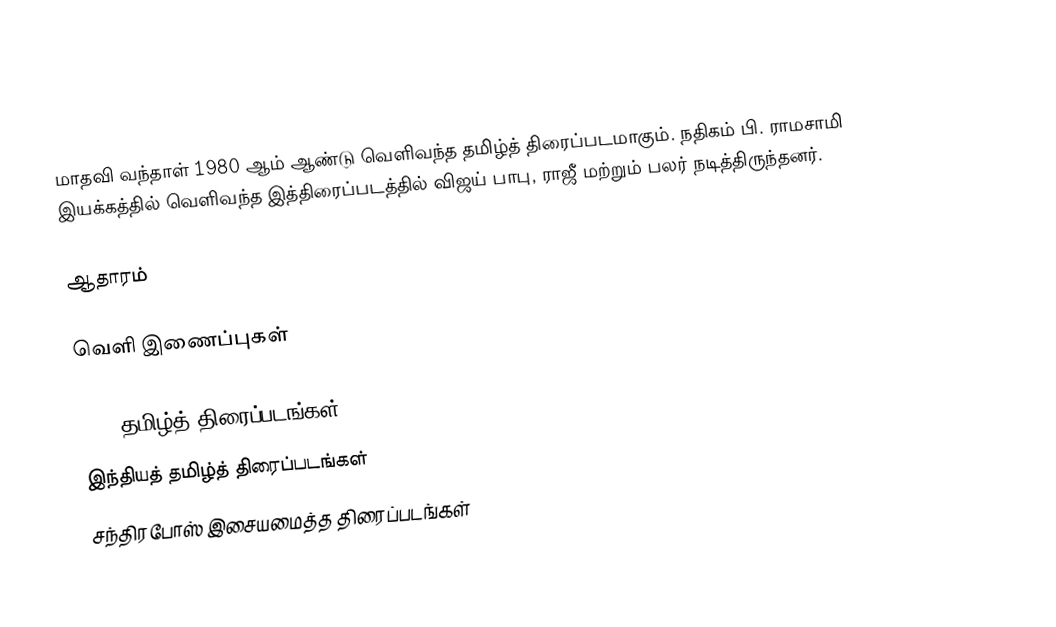
மாதவி வந்தாள் 1980 ஆம் ஆண்டு வெளிவந்த தமிழ்த் திரைப்படமாகும். நதிகம் பி. ராமசாமி இயக்கத்தில் வெளிவந்த இத்திரைப்படத்தில் விஜய் பாபு, ராஜீ மற்றும் பலர் நடித்திருந்தனர்.

ஆதாரம்

வெளி இணைப்புகள்

1980 தமிழ்த் திரைப்படங்கள்
இந்தியத் தமிழ்த் திரைப்படங்கள்
சந்திரபோஸ் இசையமைத்த திரைப்படங்கள்